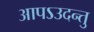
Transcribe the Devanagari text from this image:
आपऽउदन्तु